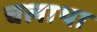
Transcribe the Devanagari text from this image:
चलाथा